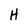
Character: H